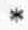
*